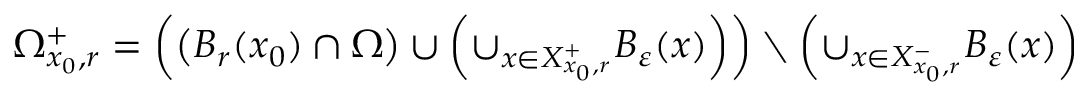
\Omega _ { x _ { 0 } , r } ^ { + } = \left( \left( B _ { r } ( x _ { 0 } ) \cap \Omega \right) \cup \left( \cup _ { x \in X _ { x _ { 0 } , r } ^ { + } } B _ { \varepsilon } ( x ) \right) \right) \setminus \left( \cup _ { x \in X _ { x _ { 0 } , r } ^ { - } } B _ { \varepsilon } ( x ) \right)